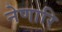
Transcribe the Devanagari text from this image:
नेणारि